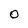
Character: O